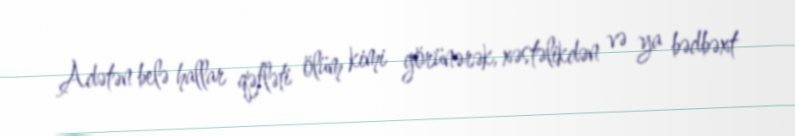
Adətən belə hallar qəfləti ölüm kimi görünərək, xəstəlikdən və ya bədbəxt